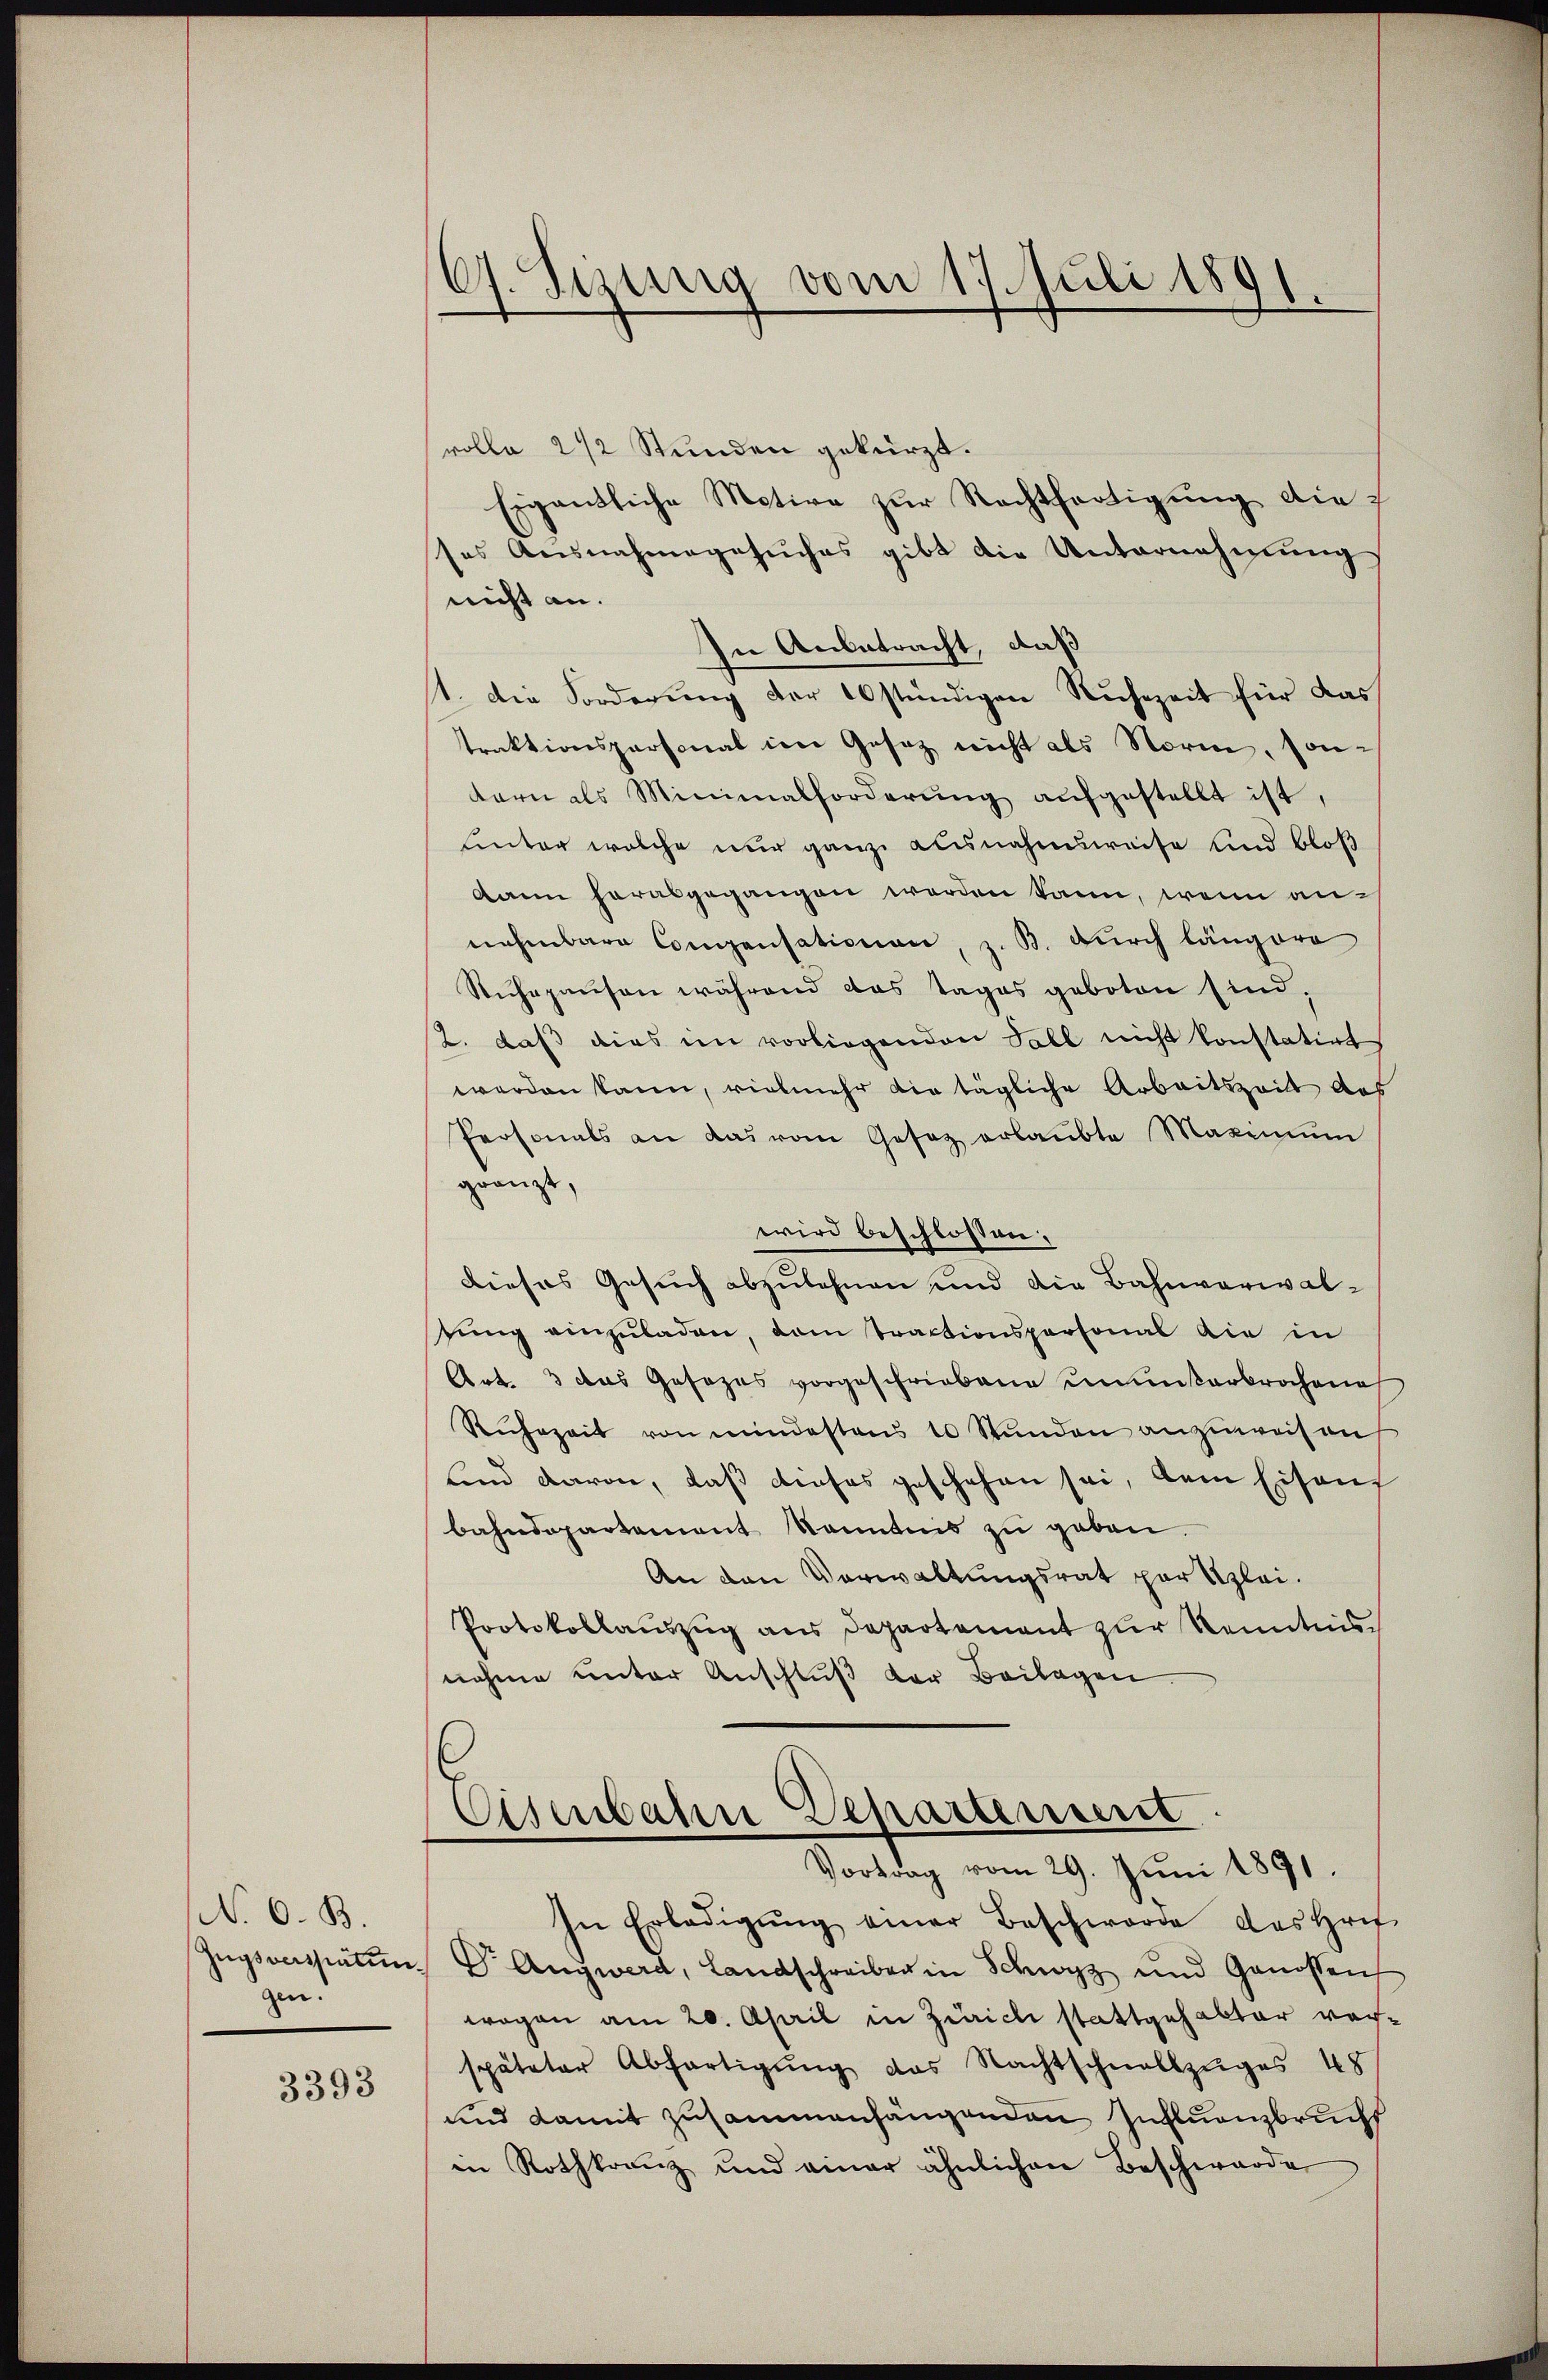
N. O. B.
Zugsverstatum.
gen.

3393

67. Sizung vom 17. Juli 1891.

rolle 2 1/2 Stunden gekürzt.
Eigentliche Motive zur Rechtfertigung die
ses Ausnahmegesuches gibt die Unternehmung
nicht an.
In Anbetracht, daß
st. Die Forderung der 10 stündigen Ruhezeit für das
traktionspersonal im Gesetz nicht als Norm, son-
tern als Minimalforderŭng aŭfgestellt ist,
Unter welche nur ganz ausnahmsweise und bloß
dann herabgegangen werden kann, wenn annehmbare Congensationen, z. B. durch längere
Ruhepausen während das Tages geboten sind,
2. daß dies im vorliegenden Fall nicht konstatirt
werden kann, vielmehr die tägliche Arbeitszeit aus
Personals an das vom Gesetz erlaŭbte Maximŭm
gränzt,
wird beschlossen:
Dieses Gesuch abzulehnen und die Bahnverwalsung einzuladen, dam tractionspersonal die in
Art. 3 das Gesezes vorgeschriebene ununterbrochen
Ruhezeit von mindestens 10 Stŭnden anzuweisen
ind davon, daß dieses geschehen sei, dem Eisen
bahndepartement kanntnis zu geben.
An den Verwaltungsrat par Klei¬
Protokollauszug aus Departement zur Kenntnisnahme unter Anschluß der Beilagen
Eisenbahn Departement
Vortrag vom 29. Juni 1891.
In Erledigŭng einer Beschwerde das Hrif
Angwerd, Landschreiben in Schwyz und Genossen
wagen am 20. April in Zürich stattgehabter vor-
späteter Abfertigŭng das Nachtschnellzŭges 45
und damit zusammenhängenden Influanzbrucht
in Rothkranz und einer ähnlichen Beschwärde